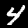
Digit: 4